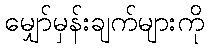
မျှော်မှန်းချက်များကို